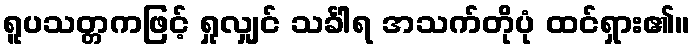
ရူပသတ္တကဖြင့် ရှုလျှင် သင်္ခါရ အသက်တိုပုံ ထင်ရှား၏။